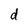
Character: d